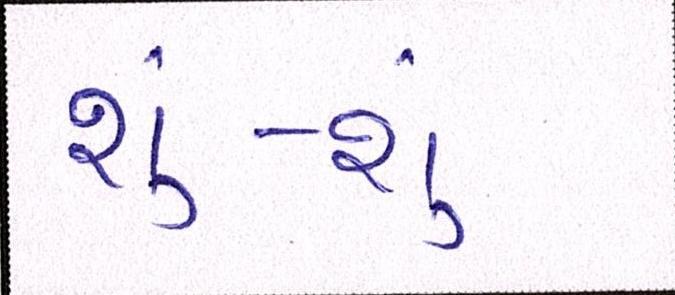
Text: શું-શું